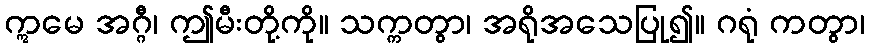
ဣမေ အဂ္ဂီ၊ ဤမီးတို့ကို။ သက္ကတွာ၊ အရိုအသေပြု၍။ ဂရုံ ကတွာ၊